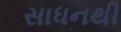
સાધનથી